Vaccination in Bombay 1856-1862 - 1856-1862
Year: 1856
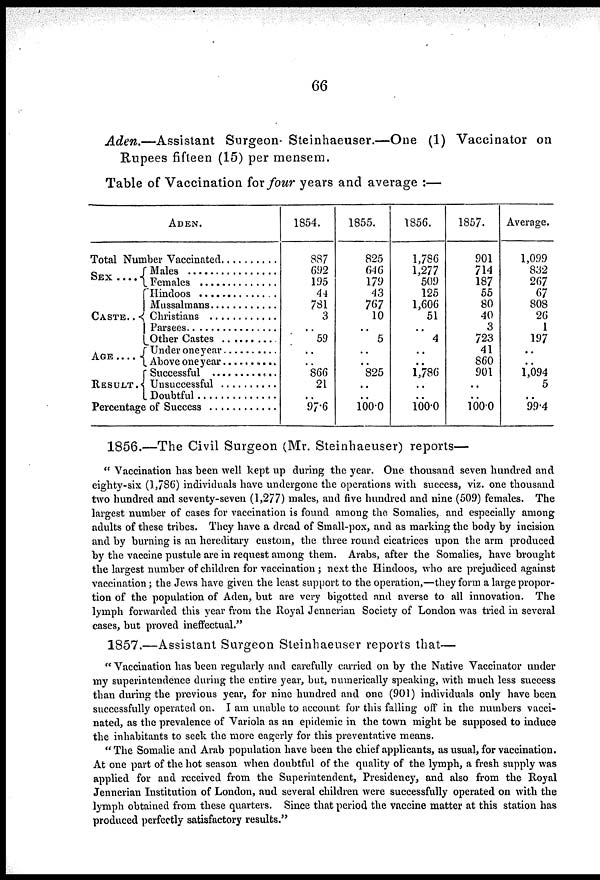
66
Aden.—Assistant Surgeon- Steinhaeuser.—One (1) Vaccinator on
Rupees fifteen (15) per mensem.
Table of Vaccination for four years and average :—
ADEN.
Total Number Vaccinated . . . . . . .
SEX . . .
CASTE . . .
AGE . . . .
RESULT .
Males . . . . . .
Females . . . .
Hindoos . . . . .
Mussalmans . . . .
Christians . . . . .
Parsees . . . . .
Other Castes . . . . .
Under one year . . . .
Above one year . . . .
Successful . . . . .
Unsuccessful . . . .
Doubtful . . . . .
Percentage of Success . . . . .
1854.
887
692
195
44
731
3
..
59
..
..
866
21
..
97.6
1855.
825
646
179
43
767
10
..
5
..
..
825
..
..
100.0
1856.
1,786
1,277
509
125
1,606
51
..
4
..
..
1,786
..
..
100.0
1857.
901
714
187
55
80
40
3
723
41
860
901
..
..
100.0
Average.
1,099
832
267
67
808
26
1
197
..
..
1,094
5
..
99.4
1856.—The Civil Surgeon (Mr. Steinhaeuser) reports—
" Vaccination has been well kept up during the year. One thousand seven hundred and
eighty-six (1,786) individuals have undergone the operations with success, viz. one thousand
two hundred and seventy-seven (1,277) males, and five hundred and nine (509) females. The
largest number of cases for vaccination is found among the Somalies, and especially among
adults of these tribes. They have a dread of Small-pox, and as marking the body by incision
and by burning is an hereditary custom, the three round cicatrices upon the arm produced
by the vaccine pustule are in request among them. Arabs, after the Somalies, have brought
the largest number of children for vaccination ; next the Hindoos, who are prejudiced against
vaccination; the Jews have given the least support to the operation,—they form a large propor-
tion of the population of Aden, but are very bigotted and averse to all innovation. The
lymph forwarded this year from the Royal Jennerian Society of London was tried in several
cases, but proved ineffectual."
1857.—Assistant Surgeon Steinhaeuser reports that—
" Vaccination has been regularly and carefully carried on by the Native Vaccinator under
my superintendence during the entire year, but, numerically speaking, with much less success
than during the previous year, for nine hundred and one (901) individuals only have been
successfully operated on. I am unable to account for this falling off in the numbers vacci-
nated, as the prevalence of Variola as an epidemic in the town might be supposed to induce
the inhabitants to seek the more eagerly for this preventative means.
"The Somalie and Arab population have been the chief applicants, as usual, for vaccination.
At one part of the hot season when doubtful of the quality of the lymph, a fresh supply was
applied for and received from the Superintendent, Presidency, and also from the Royal
Jennerian Institution of London, and several children were successfully operated on with the
lymph obtained from these quarters. Since that period the vaccine matter at this station has
produced perfectly satisfactory results."